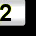
Digit: 2